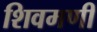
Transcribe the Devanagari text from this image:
शिवमणी